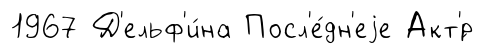
1967 Д'ельф'и́на Посл'е́дн'еjе Акт'́р